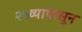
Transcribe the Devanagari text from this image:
२५व्यापासून